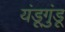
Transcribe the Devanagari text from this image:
यंडूगुंडू